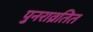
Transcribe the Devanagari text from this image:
पुनराव्रतित